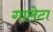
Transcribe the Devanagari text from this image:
गालेटा